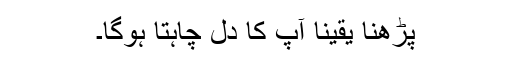
پڑھنا یقیناً آپ کا دل چاہتا ہوگا۔